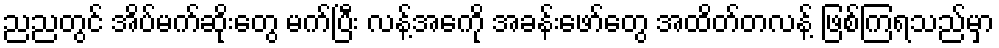
ညညတွင် အိပ်မက်ဆိုးတွေ မက်ပြီး လန့်အေကို အခန်းဖော်တွေ အထိတ်တလန့် ဖြစ်ကြရသည်မှာ